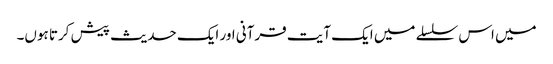
میں اس سلسلے میں ایک آیت قرآنی اور ایک حدیث پیش کرتا ہوں۔